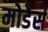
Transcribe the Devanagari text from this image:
मोडेर्स